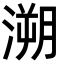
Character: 溯